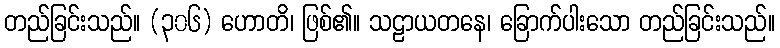
တည်ခြင်းသည်။ (၃၀၆) ဟောတိ၊ ဖြစ်၏။ သဠာယတနေ၊ ခြောက်ပါးသော တည်ခြင်းသည်။